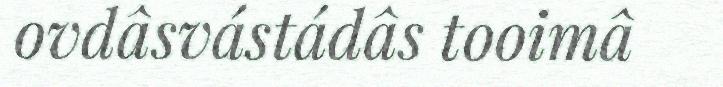
ovdâsvástádâs tooimâ